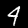
Digit: 4